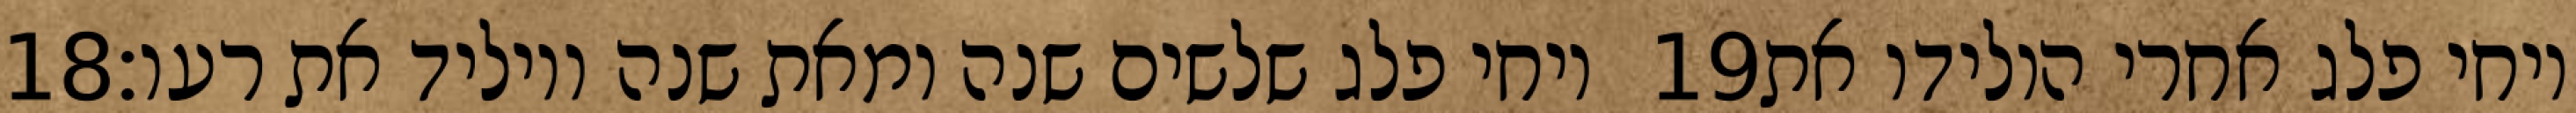
‎18‏ ויחי פלג שלשים שנה ומאת שנה ויוליד את רעו׃ ‎19‏ ויחי פלג אחרי הולידו את